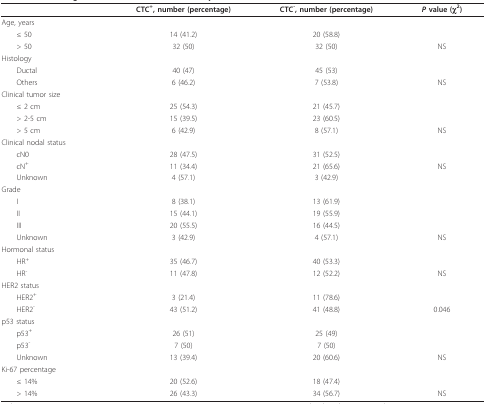
<table><thead><tr><td></td><td><b>CTC<sup>+</sup>, number (percentage)</b></td><td><b>CTC<sup>-</sup>, number (percentage)</b></td><td><b><i>P </i>value (χ<sup>2</sup>)</b></td></tr></thead><tbody><tr><td>Age, years</td><td></td><td></td><td></td></tr><tr><td> ≤ 50</td><td>14 (41.2)</td><td>20 (58.8)</td><td></td></tr><tr><td> &gt; 50</td><td>32 (50)</td><td>32 (50)</td><td>NS</td></tr><tr><td>Histology</td><td></td><td></td><td></td></tr><tr><td> Ductal</td><td>40 (47)</td><td>45 (53)</td><td></td></tr><tr><td> Others</td><td>6 (46.2)</td><td>7 (53.8)</td><td>NS</td></tr><tr><td>Clinical tumor size</td><td></td><td></td><td></td></tr><tr><td> ≤ 2 cm</td><td>25 (54.3)</td><td>21 (45.7)</td><td></td></tr><tr><td> &gt; 2-5 cm</td><td>15 (39.5)</td><td>23 (60.5)</td><td></td></tr><tr><td> &gt; 5 cm</td><td>6 (42.9)</td><td>8 (57.1)</td><td>NS</td></tr><tr><td>Clinical nodal status</td><td></td><td></td><td></td></tr><tr><td> cN0</td><td>28 (47.5)</td><td>31 (52.5)</td><td></td></tr><tr><td> cN<sup>+</sup></td><td>11 (34.4)</td><td>21 (65.6)</td><td>NS</td></tr><tr><td> Unknown</td><td>4 (57.1)</td><td>3 (42.9)</td><td></td></tr><tr><td>Grade</td><td></td><td></td><td></td></tr><tr><td> I</td><td>8 (38.1)</td><td>13 (61.9)</td><td></td></tr><tr><td> II</td><td>15 (44.1)</td><td>19 (55.9)</td><td></td></tr><tr><td> III</td><td>20 (55.5)</td><td>16 (44.5)</td><td></td></tr><tr><td> Unknown</td><td>3 (42.9)</td><td>4 (57.1)</td><td>NS</td></tr><tr><td>Hormonal status</td><td></td><td></td><td></td></tr><tr><td> HR<sup>+</sup></td><td>35 (46.7)</td><td>40 (53.3)</td><td></td></tr><tr><td> HR<sup>-</sup></td><td>11 (47.8)</td><td>12 (52.2)</td><td>NS</td></tr><tr><td>HER2 status</td><td></td><td></td><td></td></tr><tr><td> HER2<sup>+</sup></td><td>3 (21.4)</td><td>11 (78.6)</td><td></td></tr><tr><td> HER2<sup>-</sup></td><td>43 (51.2)</td><td>41 (48.8)</td><td>0.046</td></tr><tr><td>p53 status</td><td></td><td></td><td></td></tr><tr><td> p53<sup>+</sup></td><td>26 (51)</td><td>25 (49)</td><td></td></tr><tr><td> p53<sup>-</sup></td><td>7 (50)</td><td>7 (50)</td><td></td></tr><tr><td> Unknown</td><td>13 (39.4)</td><td>20 (60.6)</td><td>NS</td></tr><tr><td>Ki-67 percentage</td><td></td><td></td><td></td></tr><tr><td> ≤ 14%</td><td>20 (52.6)</td><td>18 (47.4)</td><td></td></tr><tr><td> &gt; 14%</td><td>26 (43.3)</td><td>34 (56.7)</td><td>NS</td></tr></tbody></table>